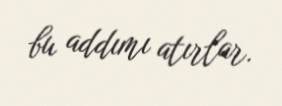
bu addımı atırlar.